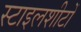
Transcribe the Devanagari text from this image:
स्टाइलशीटों